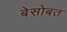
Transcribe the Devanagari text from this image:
बेसोबत